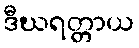
ဒီဃရတ္တာယ